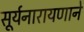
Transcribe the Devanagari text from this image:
सूर्यनारायणाने